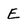
Character: E